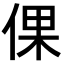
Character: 倮